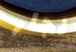
نجار